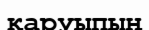
қаруыпың